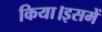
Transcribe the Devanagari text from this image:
किया।इसमें